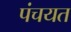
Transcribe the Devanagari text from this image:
पंचयत